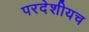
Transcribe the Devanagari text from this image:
परदेशीयच